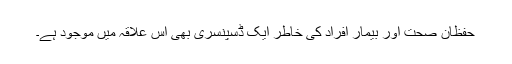
حفظان صحت اور بیمار افراد کی خاطر ایک ڈسپنسری بھی اس علاقہ میں موجود ہے۔